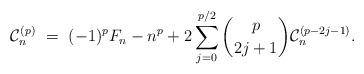
LaTeX: \begin{align*}\mathcal{C}_n^{(p)} \ = \ (-1)^pF_n - n^{p} + 2\sum_{j=0}^{p/2} \binom{p}{2j+1} \mathcal{C}_n^{(p-2j-1)}.\end{align*}